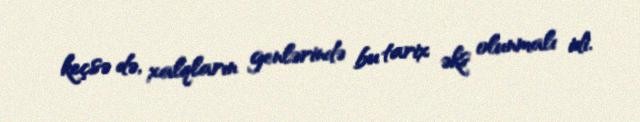
keçsə də, xalqların genlərində bu tarix əks olunmalı idi.